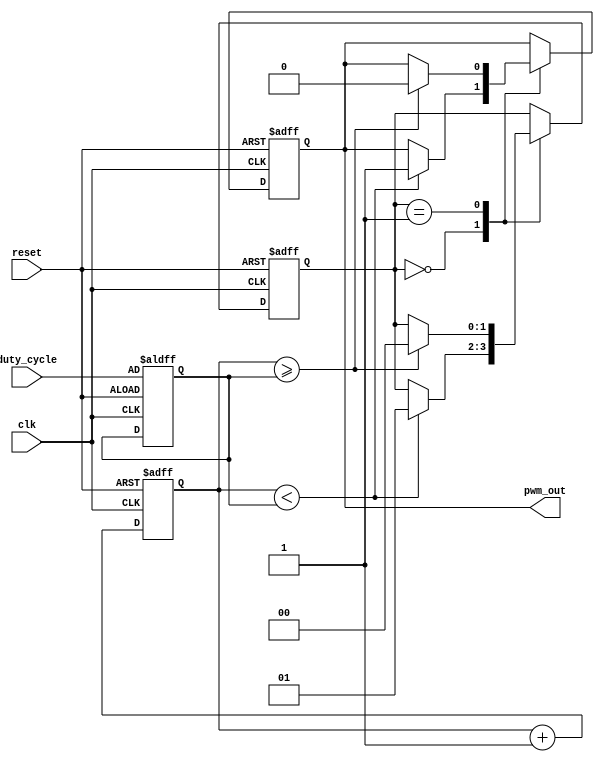
module pwm_timer(
  input wire clk,
  input wire reset,
  input wire [7:0] duty_cycle,
  output reg pwm_out
);

reg [7:0] counter;
reg [7:0] duty_value;
reg [1:0] state;

always @(posedge clk or posedge reset) begin
  if (reset) begin
    counter <= 8'd0;
    duty_value <= duty_cycle;
    state <= 2'b00;
    pwm_out <= 1'b0;
  end else begin
    counter <= counter + 1;
    case (state)
      2'b00: begin // Low state
        if (counter < duty_value) begin
          pwm_out <= 1'b1;
          state <= 2'b01;
        end
      end
      2'b01: begin // High state
        if (counter >= duty_value) begin
          pwm_out <= 1'b0;
          state <= 2'b00;
        end
      end
    endcase
  end
end

endmodule